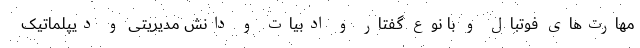
مهارت‌های فوتبال و با نوع گفتار و ادبیات و دانش مدیریتی و دیپلماتیک